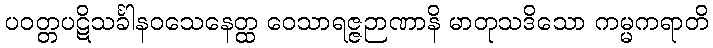
ပဝတ္တပဋိသင်္ခါနဝသေနေတ္ထ ဝေသာရဇ္ဇဉာဏာနိ မာတုသဒိသော ကမ္မကရာတိ